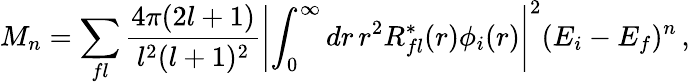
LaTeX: M_{n}=\sum_{fl}{\frac{4\pi(2l+1)}{l^{2}(l+1)^{2}}}\left|\int_{0}^{\infty}dr\, r^{2}R_{fl}^{*}(r)\phi_{i}(r)\right|^{2}(E_{i}-E_{f})^{n}\, ,